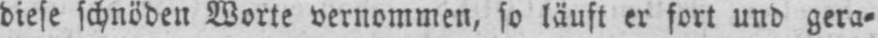
diese schnöden Worte vernommen, so läuft er fort und gera⸗